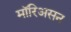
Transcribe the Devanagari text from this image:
मॉरिअसन